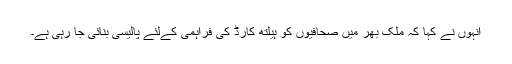
انہوں نے کہا کہ ملک بھر میں صحافیوں کو ہیلتھ کارڈ کی فراہمی کےلئے پالیسی بنائی جا رہی ہے۔